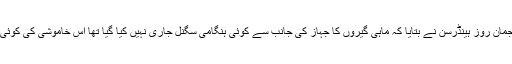
میری ٹائم نیوزی لینڈ کے ترجمان روز ہینڈرسن نے بتایا کہ ماہی گیروں کا جہاز کی جانب سے کوئی ہنگامی سگنل جاری نہیں کیا گیا تھا اس خاموشی کی کوئی وجہ معلوم نہیں ہو سکی ہے۔